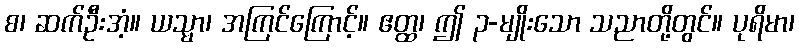
စ၊ ဆက်ဦးအံ့။ ယသ္မာ၊ အကြင်ကြောင့်။ ဧတ္ထ၊ ဤ ၃-မျိုးသော သညာတို့တွင်။ ပုရိမာ၊